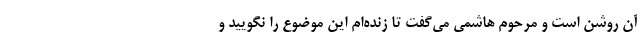
آن روشن است و مرحوم هاشمی می‌گفت تا زنده‌ام این موضوع را نگویید و